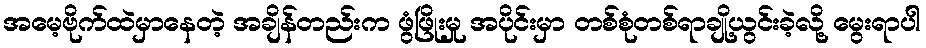
အမေ့ဗိုက်ထဲမှာနေတဲ့ အချိန်တည်းက ဖွံဖြိုးမှု အပိုင်းမှာ တစ်စုံတစ်ရာချို့ယွင်းခဲ့လို့ မွေးရာပါ